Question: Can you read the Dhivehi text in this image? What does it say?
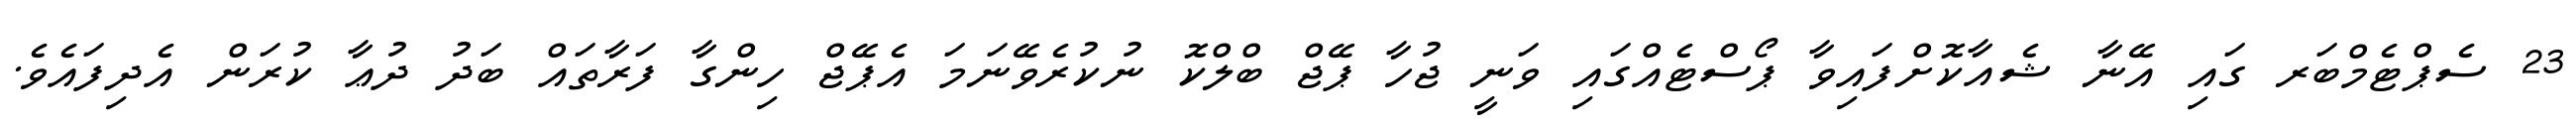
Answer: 23 ސެޕްޓެމްބަރ ގައި އޭނާ ޝެއާކޮށްފައިވާ ޕޯސްޓެއްގައި ވަނީ ޖުހާ ޕޭޖް ބްލްކޮ ނުކުރެވޭނަމަ އެޕޭޖް ހިންގާ ފަރާތައް ބަދު ދުޢާ ކުރަން އެދިފައެވެ.